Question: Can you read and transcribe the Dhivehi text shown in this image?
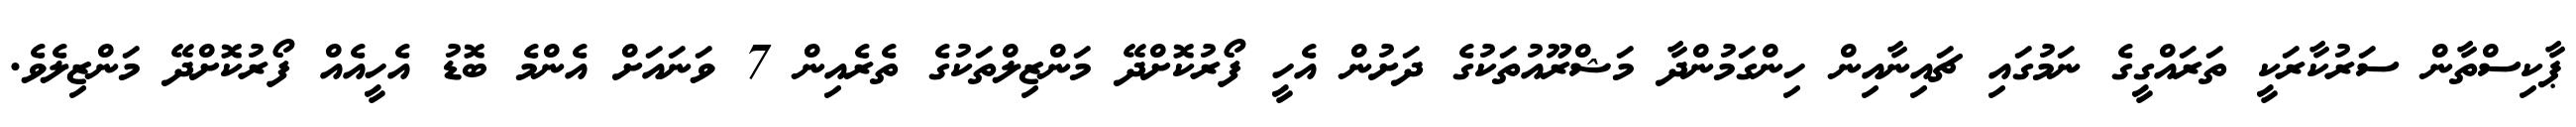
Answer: ޕާކިސްތާން ސަރުކާރަކީ ތަރައްގީގެ ނަމުގައި ޗައިނާއިން ހިންގަމުންދާ މަޝްރޫއުތަކުގެ ދަށުން އެހީ ފޯރުކޮށްދޭ މަންޒިލްތަކުގެ ތެރެއިން 7 ވަނައަށް އެންމެ ބޮޑު އެހީއެއް ފޯރުކޮށްދޭ މަންޒިލެވެ.